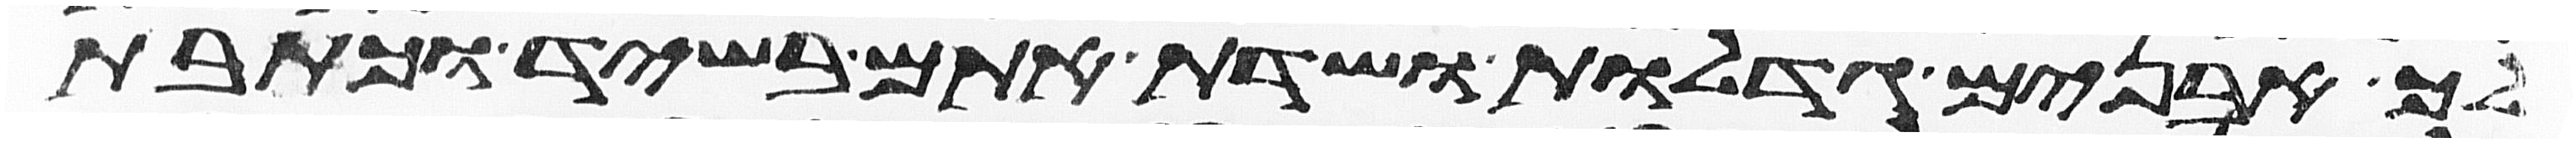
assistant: לך אבנים גדלות ושדת אתם בשיד וכתבת